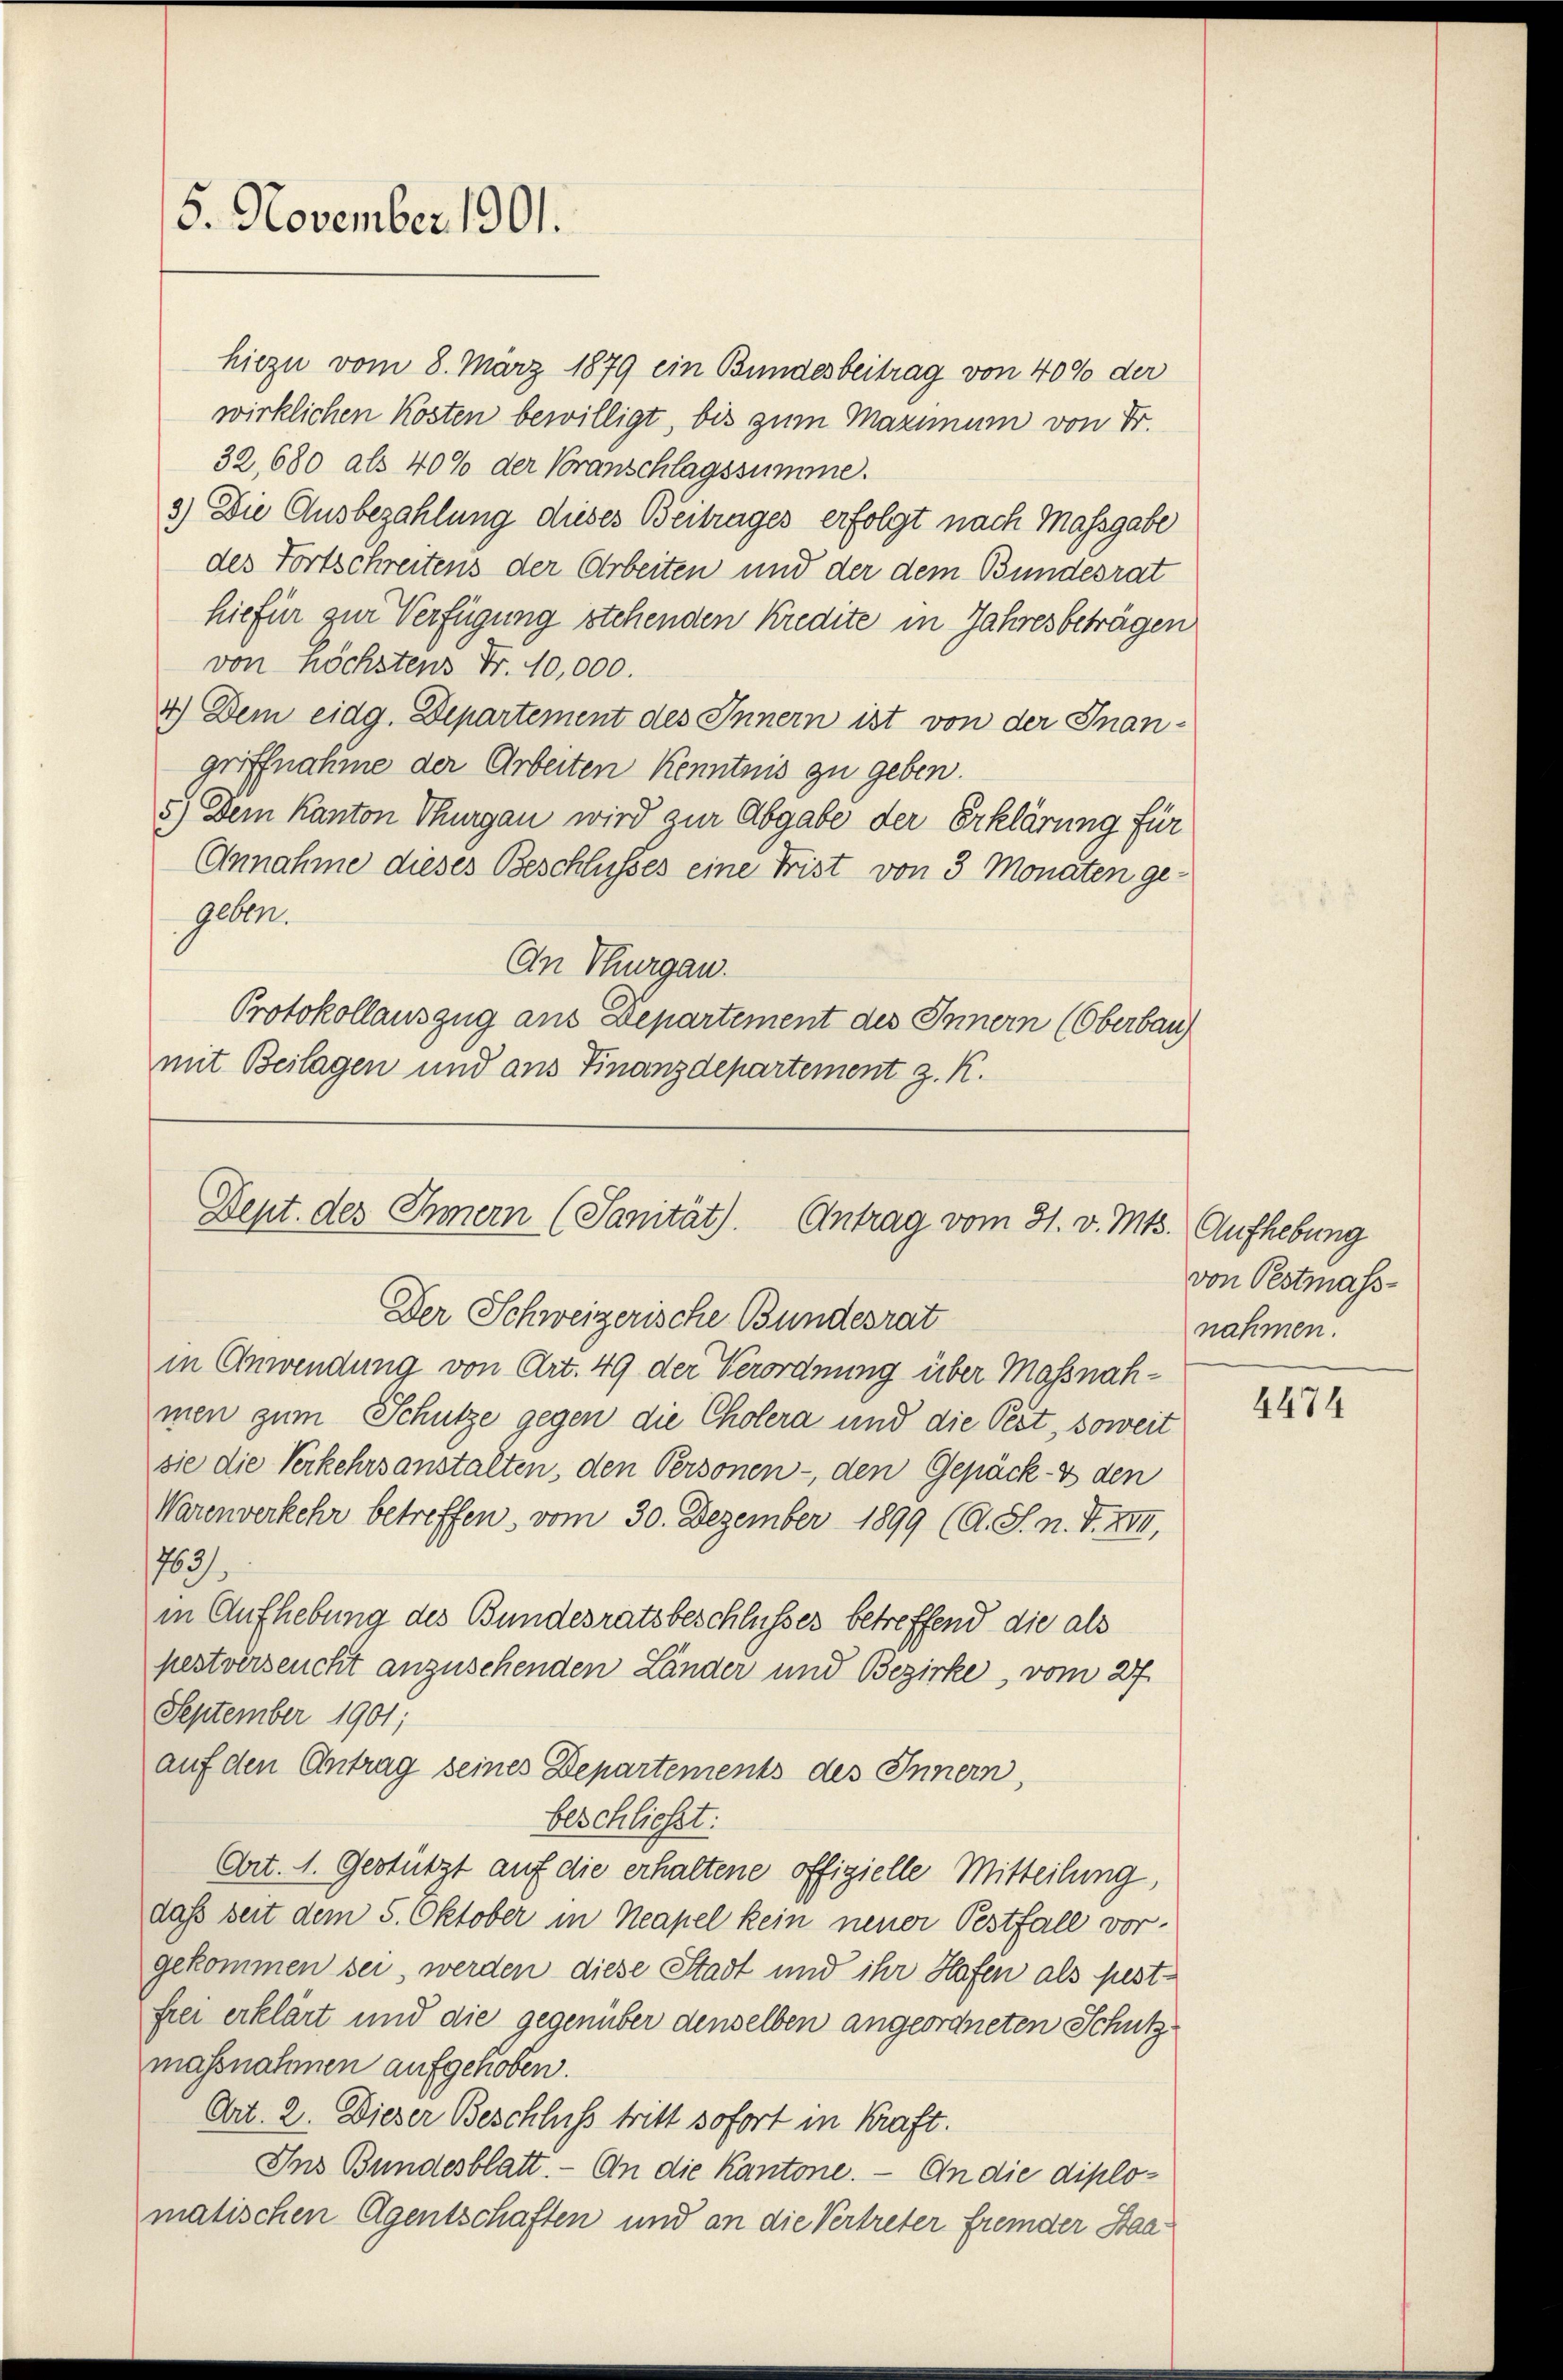
5. November 1901.

hiezu vom 8. März 1879 ein Bundesbeitrag von 400 der
wirklichen Kosten bewilligt, bis zum Maximum von Fr.
32,680 als 40% der Branschlagssumme.
3.) Die Ausbezahlung dieses Beitrages erfolgt nach Massgabe
des Fortschreitens der Arbeiten und der dem Bundesrat
hiefür zur Verfügung stehenden Kredite in Jahresbeträgen
von höchstens Fr. 10,000.
4.) Dem eidg. Departement des Innern ist von der Inan-
griffnahme der Arbeiten Kenntnis zu geben.
5.) Dem Kanton Thurgau wird zur Abgabe der Erklärung für
Annahme dieses Beschlusses eine Frist von 3 Monaten gegeben.
An Thurgau.
Protokollauszug aus Departement des Innern (Oberbau
mit Beilagen und aus Finanzdepartement z. K.

Dept. des Innern (Sanität).
Antrag vom 31. v. Mts. Aufhebung
Der Schweizerische Bundesrat

in Anwendung von Art. 49 der Verordnung über Massnahmen zum Schütze gegen die Cholera und die Pest, soweit
sie die Verkehrsanstalten, den Personen - den Gepäck - den
Warenverkehr betreffen, vom 30. Dezember 1899 (O. S. n. F. XIII,
183/
in Aufhebung des Bundesratsbeschlusses betreffend die als
pestverseucht anzusehenden Länder und Bezirke, vom 27.
September 1901,
auf den Antrag seines Departements des Innern,
beschließt:
Art. 1. Gestützt auf die erhaltene offizielle Mitteilung,
daß seit dem 5. Oktober in Neapel kein neuer Pestfall vorgekommen sei, werden diese Stadt und ihr Hafen als festfrei erklärt und die gegenüber denselben angeordneten Schutzmassnahmen aufgehoben.
Art. 2. Dieser Beschluss tritt sofort in Kraft.
Ins Bundesblatt. - An die Kantone. — An die diplomatischen Agentschaften und an die Vertreter fremder Staa¬

von Pestmass-
nahmen.

4474